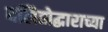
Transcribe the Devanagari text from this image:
दलितोद्धाराच्या